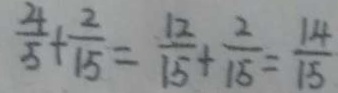
\frac { 4 } { 5 } + \frac { 2 } { 1 5 } = \frac { 1 2 } { 1 5 } + \frac { 2 } { 1 5 } = \frac { 1 4 } { 1 5 }